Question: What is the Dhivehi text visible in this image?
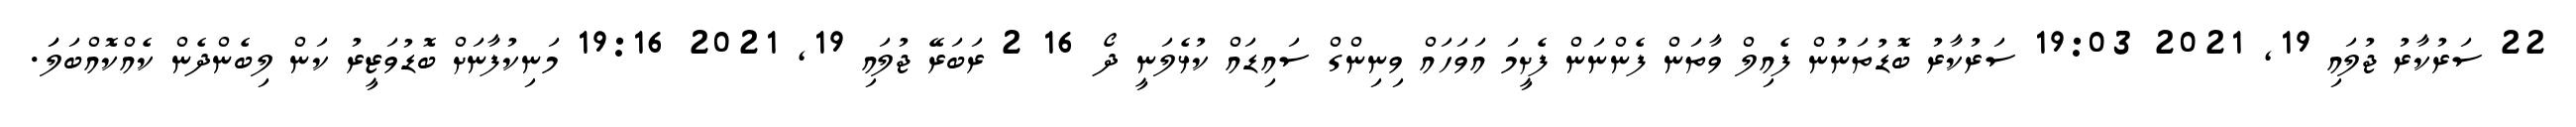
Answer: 22 ސަރުކާރު ޖުލައި 19, 2021 19:03 ސަރުކާރު ބޮޑުތަނުން ފެއިލް ވާތަން ފެންނަން ފެށީމަ އަވަހައް ވިނިންގް ސައިޑައް ކުޅެލަނީ ދޯ 16 2 ރަބަރޭ ޖުލައި 19, 2021 19:16 މަނިކުފާނަށް ބޮޑުވަޒީރު ކަން ލިބެންދެން ކެއްކޮއްބަލަަ.